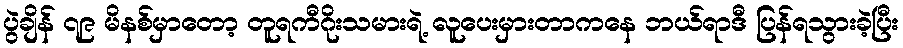
ပွဲချိန် ၇၉ မိနစ်မှာတော့ တူရကီဂိုးသမားရဲ့ လူပေးမှားတာကနေ ဘယ်ရာဒီ ပြန်ရသွားခဲ့ပြီး